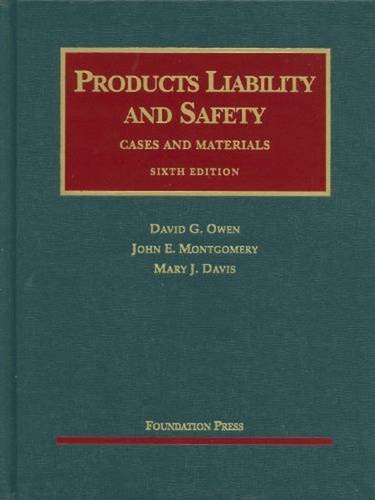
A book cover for Products Liability and Safety (University Casebook Series); David Owen; Law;